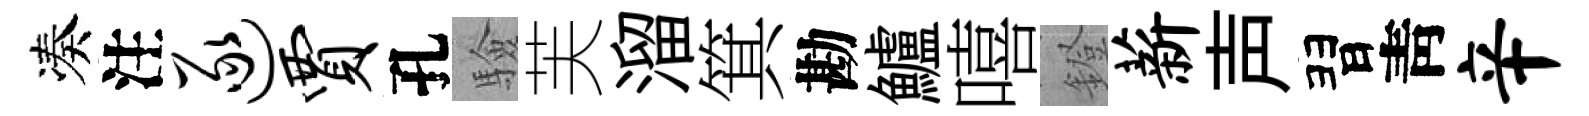
凑注逐贾孔驗芙溜箕勘鱸嘻鐙薪声習靑辛